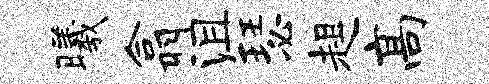
曦翕沮瑟趄高